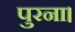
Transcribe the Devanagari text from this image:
पुरना।